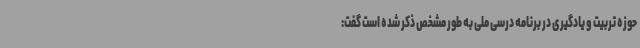
حوزه تربیت و یادگیری در برنامه درسی ملی به طور مشخص ذکر شده است گفت: